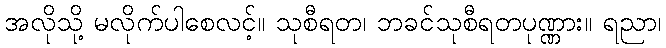
အလိုသို့ မလိုက်ပါစေလင့်။ သုစီရတ၊ ဘခင်သုစီရတပုဏ္ဏား။ ရညာ၊